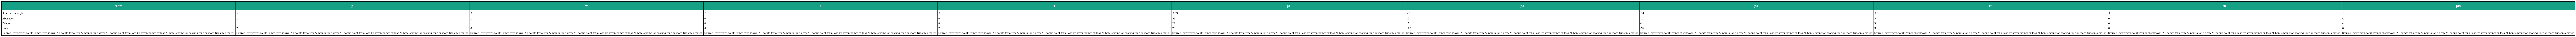
| team | p | w | d | l | pf | pa | pd | tf | tb | pts |
 | --- | --- | --- | --- | --- | --- | --- | --- | --- | --- | --- |
 | Leeds Carnegie | 2 | 1 | 0 | 1 | 103 | 29 | 74 | 16 | 1 | 6 |
 | Aberavon | 1 | 1 | 0 | 0 | 31 | 17 | 14 | 3 | 0 | 4 |
 | Bristol | 1 | 1 | 0 | 0 | 21 | 17 | 4 | 3 | 0 | 4 |
 | Gala | 2 | 0 | 0 | 2 | 25 | 117 | -92 | 3 | 0 | 0 |
 | Source : www.wru.co.uk Points breakdown: *4 points for a win *2 points for a draw *1 bonus point for a loss by seven points or less *1 bonus point for scoring four or more tries in a match | Source : www.wru.co.uk Points breakdown: *4 points for a win *2 points for a draw *1 bonus point for a loss by seven points or less *1 bonus point for scoring four or more tries in a match | Source : www.wru.co.uk Points breakdown: *4 points for a win *2 points for a draw *1 bonus point for a loss by seven points or less *1 bonus point for scoring four or more tries in a match | Source : www.wru.co.uk Points breakdown: *4 points for a win *2 points for a draw *1 bonus point for a loss by seven points or less *1 bonus point for scoring four or more tries in a match | Source : www.wru.co.uk Points breakdown: *4 points for a win *2 points for a draw *1 bonus point for a loss by seven points or less *1 bonus point for scoring four or more tries in a match | Source : www.wru.co.uk Points breakdown: *4 points for a win *2 points for a draw *1 bonus point for a loss by seven points or less *1 bonus point for scoring four or more tries in a match | Source : www.wru.co.uk Points breakdown: *4 points for a win *2 points for a draw *1 bonus point for a loss by seven points or less *1 bonus point for scoring four or more tries in a match | Source : www.wru.co.uk Points breakdown: *4 points for a win *2 points for a draw *1 bonus point for a loss by seven points or less *1 bonus point for scoring four or more tries in a match | Source : www.wru.co.uk Points breakdown: *4 points for a win *2 points for a draw *1 bonus point for a loss by seven points or less *1 bonus point for scoring four or more tries in a match | Source : www.wru.co.uk Points breakdown: *4 points for a win *2 points for a draw *1 bonus point for a loss by seven points or less *1 bonus point for scoring four or more tries in a match | Source : www.wru.co.uk Points breakdown: *4 points for a win *2 points for a draw *1 bonus point for a loss by seven points or less *1 bonus point for scoring four or more tries in a match |